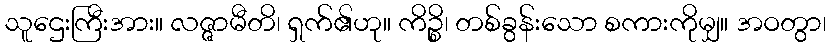
သူဌေးကြီးအား။ လဇ္ဇာမီတိ၊ ရှက်၏ဟု။ ကိဉ္စိ၊ တစ်ခွန်းသော စကားကိုမျှ။ အဝတွာ၊